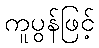
ကူပွန်ဖြင့်